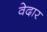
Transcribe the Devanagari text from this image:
वेदार